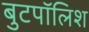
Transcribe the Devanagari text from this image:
बुटपॉलिश